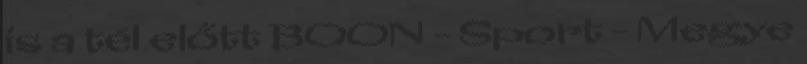
is a tél előtt BOON - Sport - Megye